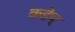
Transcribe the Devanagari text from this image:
कडेच्